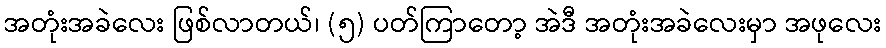
အတုံးအခဲလေး ဖြစ်လာတယ်၊ (၅) ပတ်ကြာတော့ အဲဒီ အတုံးအခဲလေးမှာ အဖုလေး